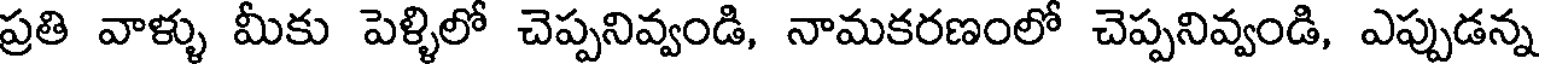
ప్రతి వాళ్ళు మీకు పెళ్ళిలో చెప్పనివ్వండి, నామకరణంలో చెప్పనివ్వండి, ఎప్పుడన్న